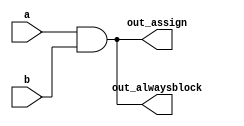
// synthesis verilog_input_version verilog_2001
//AND gate with assign and always block(comb)
module top_module(
    input a, 
    input b,
    output wire out_assign,
    output reg out_alwaysblock
);

    assign out_assign = a & b;
    always @(*) out_alwaysblock = a & b;


    
endmodule